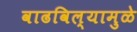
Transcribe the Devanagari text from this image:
वाढविल्यामुळे